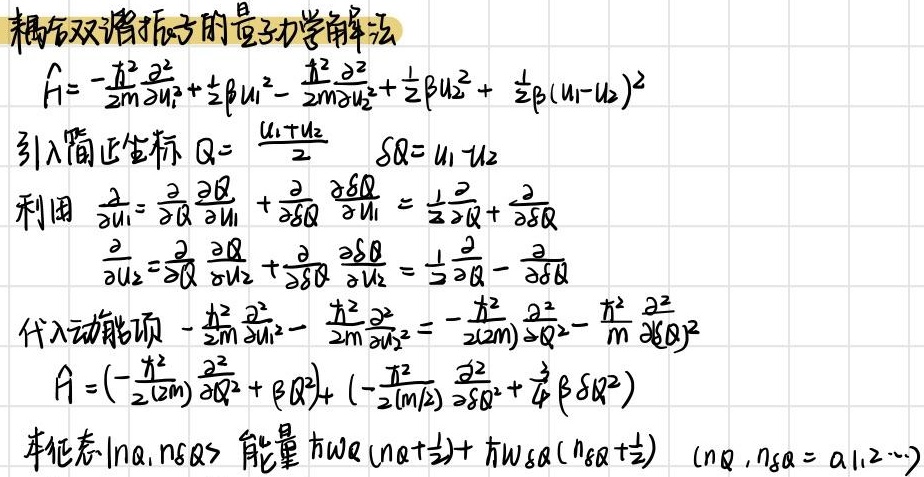
耦合双谐振子的量子力学解法

\[
\hat{H}=-\frac{\hbar^{2}}{2m}\frac{\partial^{2}}{\partial u_1^{2}}+\frac{1}{2}\beta u_1^{2}-\frac{\hbar^{2}}{2m}\frac{\partial^{2}}{\partial u_2^{2}}+\frac{1}{2}\beta u_2^{2}+\frac{1}{2}\beta(u_1 - u_2)^{2}
\]

引入简正坐标 \(Q = \frac{u_1 + u_2}{2}\)，\(\delta Q = u_1 - u_2\)。

利用
\[
\frac{\partial}{\partial u_1}=\frac{\partial}{\partial Q}\frac{\partial Q}{\partial u_1}+\frac{\partial}{\partial \delta Q}\frac{\partial \delta Q}{\partial u_1}=\frac{1}{2}\frac{\partial}{\partial Q}+\frac{\partial}{\partial \delta Q}
\]
\[
\frac{\partial}{\partial u_2}=\frac{\partial}{\partial Q}\frac{\partial Q}{\partial u_2}+\frac{\partial}{\partial \delta Q}\frac{\partial \delta Q}{\partial u_2}=\frac{1}{2}\frac{\partial}{\partial Q}-\frac{\partial}{\partial \delta Q}
\]

代入动能项
\[
-\frac{\hbar^{2}}{2m}\frac{\partial^{2}}{\partial u_1^{2}}-\frac{\hbar^{2}}{2m}\frac{\partial^{2}}{\partial u_2^{2}}=-\frac{\hbar^{2}}{2(2m)}\frac{\partial^{2}}{\partial Q^{2}}-\frac{\hbar^{2}}{m}\frac{\partial^{2}}{\partial(\delta Q)^{2}}
\]

得到
\[
\hat{H}=\left(-\frac{\hbar^{2}}{2(2m)}\frac{\partial^{2}}{\partial Q^{2}}+\beta Q^{2}\right)+\left(-\frac{\hbar^{2}}{2(m/2)}\frac{\partial^{2}}{\partial \delta Q^{2}}+\frac{3}{4}\beta \delta Q^{2}\right)
\]

本征态\(\vert n_Q,n_{\delta Q}\rangle\)，能量\(\hbar\omega_Q\left(n_Q + \frac{1}{2}\right)+\hbar\omega_{\delta Q}\left(n_{\delta Q}+\frac{1}{2}\right)\) \((n_Q,n_{\delta Q}=0,1,2\cdots)\)